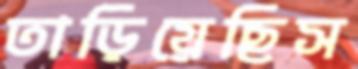
তাড়িয়েছিস